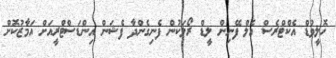
ހޮލީވުޑް އެކްޓްރެސް އެލް ފޭނިން ލީޑް ރޯލަކުން ފެނިގެންދާ ފެޝަން އިންޑަސްޓްރީއަށް އަމާޒުކޮށް